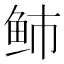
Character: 𱇑